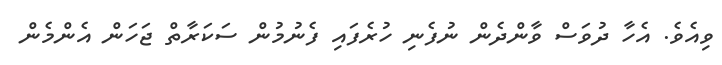
ވިއެވެ. އެހާ ދުވަސް ވާންދެން ނުފެނި ހުރެފައި ފެނުމުން ސަކަރާތް ޖަހަން އެންމެން